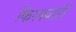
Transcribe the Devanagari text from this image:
फिरक्याही